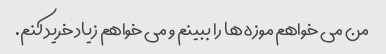
من می خواهم موزه ها را ببینم و می خواهم زیاد خرید کنم.